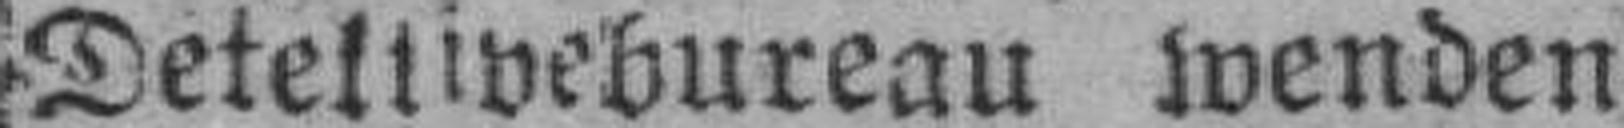
Detektivebureau wenden